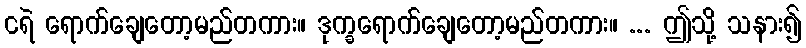
ငရဲ ရောက်ချေတော့မည်တကား။ ဒုက္ခရောက်ချေတော့မည်တကား။ ... ဤသို့ သနား၍